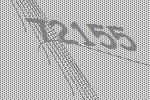
72155